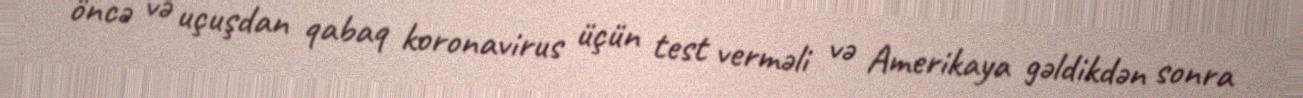
öncə və uçuşdan qabaq koronavirus üçün test verməli və Amerikaya gəldikdən sonra